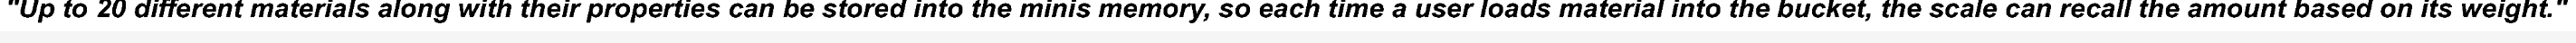
"Up to 20 different materials along with their properties can be stored into the minis memory, so each time a user loads material into the bucket, the scale can recall the amount based on its weight."